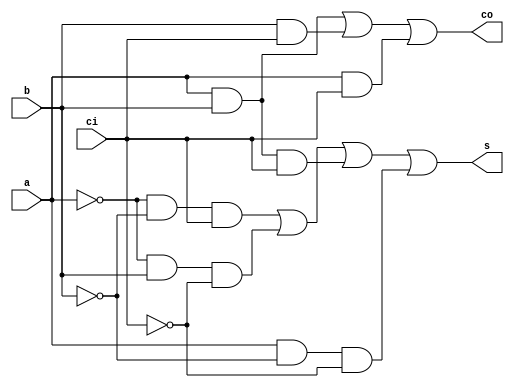
module fa_dataflow(	s,
			co,
			a,
			b,
			ci	);

output	s;	//sum
output	co;	//carry out

input	a;	//input a
input	b;	//input b
input	ci;	//carry in

assign	s=(~a&~b&ci)|(~a&b&~ci)|(a&b&ci)|(a&~b&~ci);
assign	co=(a&b)|(b&ci)|(a&ci);

endmodule